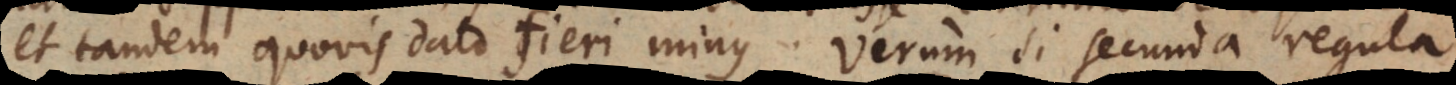
et tandem quovis dato fieri minus. Verum si secunda regula